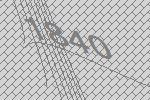
1840